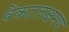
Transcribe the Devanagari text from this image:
वेंकटलक्षमण